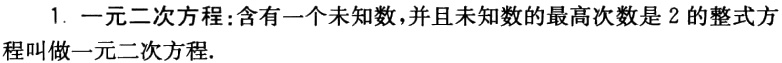
1. 一元二次方程：含有一个未知数，并且未知数的最高次数是 2 的整式方程叫做一元二次方程.